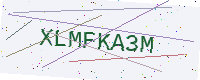
Text: XLMFKA3M